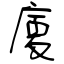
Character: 廈